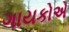
ગાયકોએ